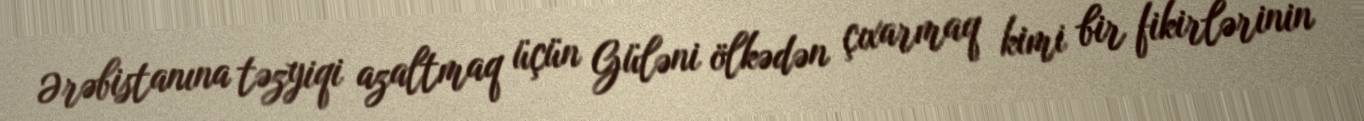
Ərəbistanına təzyiqi azaltmaq üçün Güləni ölkədən çıxarmaq kimi bir fikirlərinin